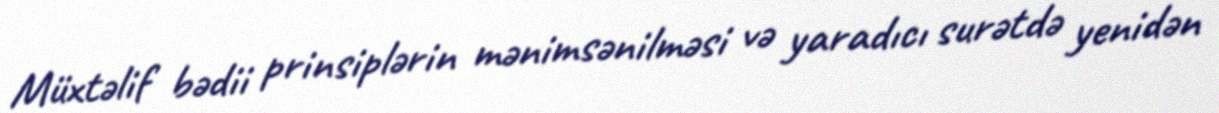
Müxtəlif bədii prinsiplərin mənimsənilməsi və yaradıcı surətdə yenidən